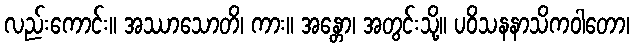
လည်းကောင်း။ အဿာသောတိ၊ ကား။ အန္တော၊ အတွင်းသို့။ ပဝိသနနာသိကဝါတော၊